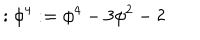
: \phi ^ { 4 } : = \phi ^ { 4 } - 3 \phi ^ { 2 } - 2